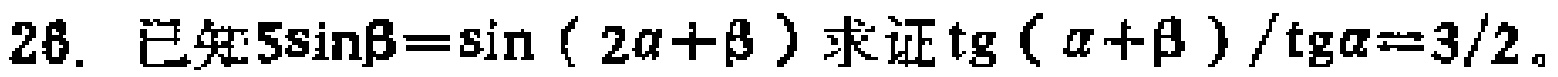
已知\(5\sin\beta=\sin(2\alpha +\beta)\)求证\(\frac{\mathrm{tg}(\alpha+\beta)}{\mathrm{tg}\alpha}=\frac{3}{2}\)。